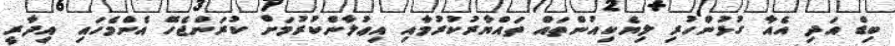
ބިޑް އަދި އެއާ ގުޅުންހުރި ލިޔެކިއުންތައް ތައްޔާރުކުރުމާއި އިޢުލާންކުރުމަށް ކުރަންޖެހޭ އެންމެހައި އިދާރީ